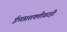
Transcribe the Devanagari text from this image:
ईच्छाशक्तीवरही